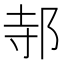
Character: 邿